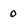
Character: 0